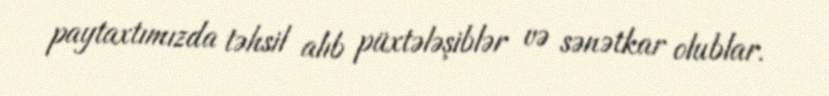
paytaxtımızda təhsil alıb püxtələşiblər və sənətkar olublar.